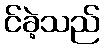
င်ခဲ့သည်